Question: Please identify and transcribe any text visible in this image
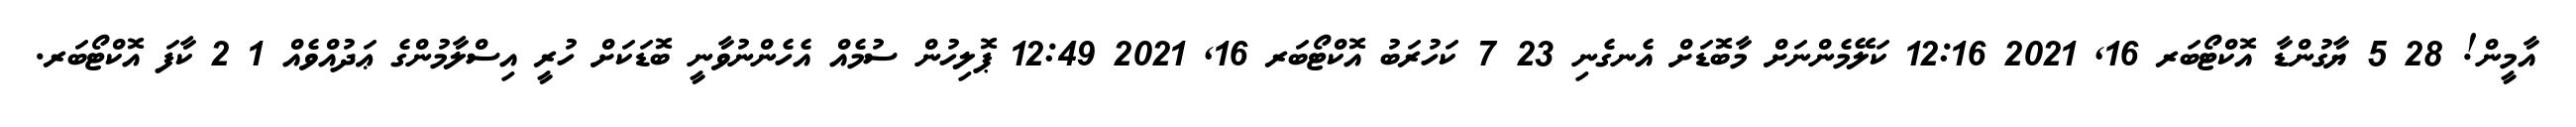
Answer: އާމީން! 28 5 ޔާގުންޑާ އޮކްޓޯބަރ 16, 2021 12:16 ކަލޭމެންނަށް މާބޮޑަށް އެނގެނި 23 7 ކަހުރަބު އޮކްޓޯބަރ 16, 2021 12:49 ޕޮލިހުން ސުމެއް އެހެންނުވާނީ ބޮޑަކަށް ހުރީ އިސްލާމުންގެ ޢަދުއްވެއް 1 2 ކާފަ އޮކްޓޯބަރ.